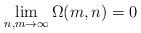
LaTeX: \begin{align*} \lim_{n,m\rightarrow \infty}\Omega(m,n)=0\end{align*}